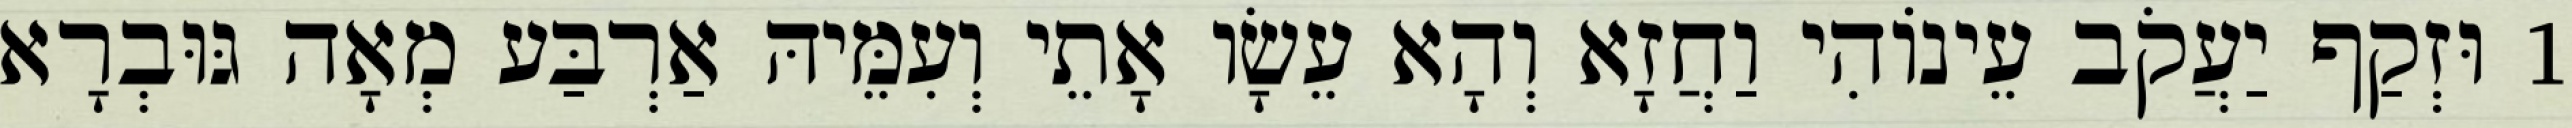
1 וּזְקַף יַעֲקֹב עֵינוֹהִי וַחֲזָא וְהָא עֵשָׂו אָתֵי וְעִמֵּיהּ אַרְבַּע מְאָה גּוּבְרָא